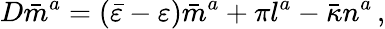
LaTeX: D{\bar{m}}^{a}=({\bar{\varepsilon}}-\varepsilon){\bar{m}}^{a}+\pi l^{a}-{\bar{\kappa}}n^{a}\, ,